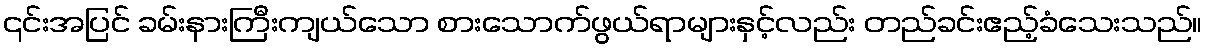
၎င်းအပြင် ခမ်းနားကြီးကျယ်သော စားသောက်ဖွယ်ရာများနှင့်လည်း တည်ခင်းဧည့်ခံသေးသည်။